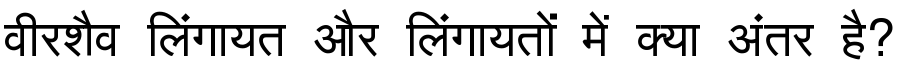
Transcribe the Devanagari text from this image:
वीरशैव लिंगायत और लिंगायतों में क्या अंतर है?